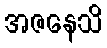
အဇနေသိ